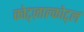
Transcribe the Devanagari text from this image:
क्वेट्ज़ाल्कोट्ल